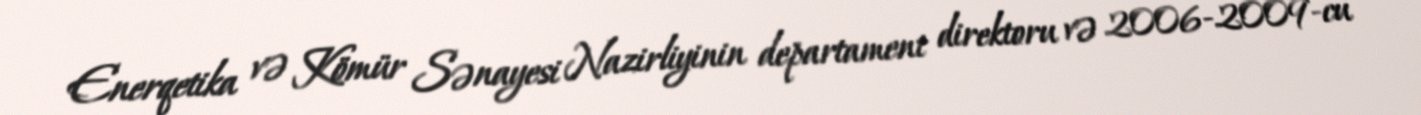
Enerqetika və Kömür Sənayesi Nazirliyinin departament direktoru və 2006-2009-cu